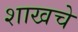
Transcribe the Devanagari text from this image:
शाखचे